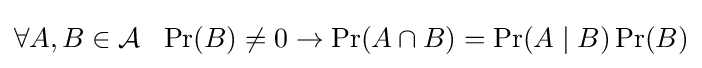
\forall A,B\in {\cal {A}}~~\Pr(B)\neq 0\rightarrow \Pr(A\cap B)=\Pr(A\mid B)\Pr(B)